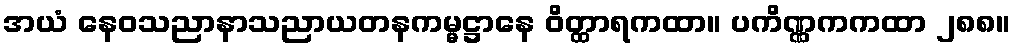
အယံ နေဝသညာနာသညာယတနကမ္မဋ္ဌာနေ ဝိတ္ထာရကထာ။ ပကိဏ္ဏကကထာ ၂၈၈။